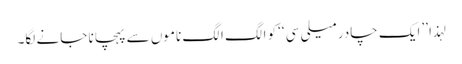
لہذا ’’ایک چادر میلی سی ‘‘کو الگ الگ ناموں سے پہچانا جانے لگا۔